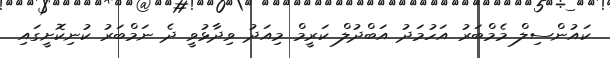
ކައުންސިލް މެމްބަރު އަހުމަދު އަބްދުލް ކަރީމް މިއަދު ވިދާޅުވީ ދެ ނަމްބަރު ކުނިކޮށީގައި